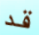
قد